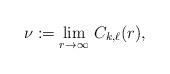
LaTeX: \begin{align*}\nu :=\lim_{r\to\infty}\, C_{k,\ell}(r),\end{align*}